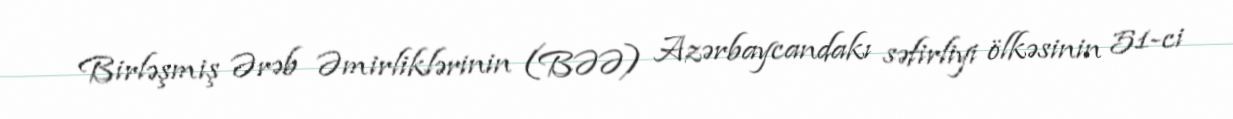
Birləşmiş Ərəb Əmirliklərinin (BƏƏ) Azərbaycandakı səfirliyi ölkəsinin 51-ci